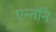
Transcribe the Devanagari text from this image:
एन्तनि